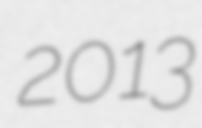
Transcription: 2013